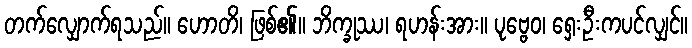
တက်လျှောက်ရသည်။ ဟောတိ၊ ဖြစ်၏။ ဘိက္ခုဿ၊ ရဟန်းအား။ ပုဗ္ဗေဝ၊ ရှေးဦးကပင်လျှင်။